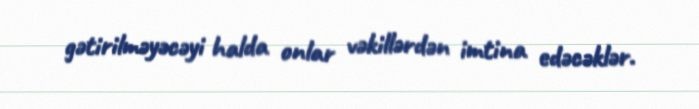
gətirilməyəcəyi halda onlar vəkillərdən imtina edəcəklər.